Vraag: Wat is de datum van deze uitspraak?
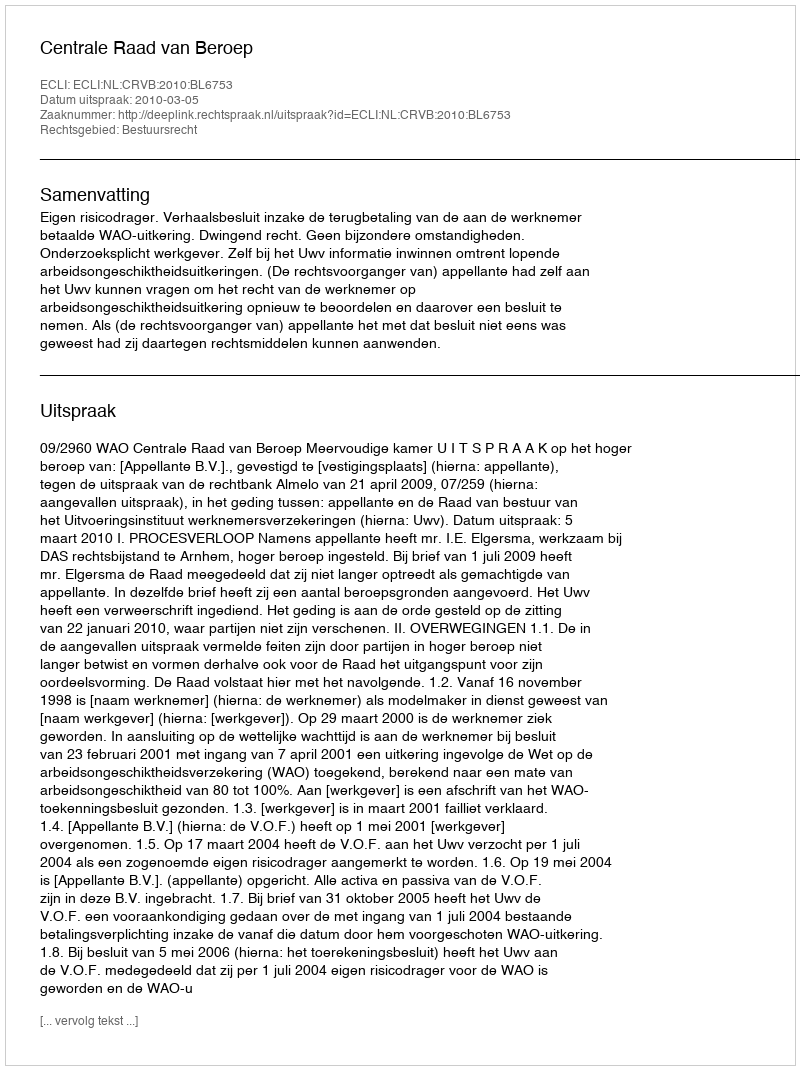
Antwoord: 2010-03-05